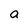
Character: a